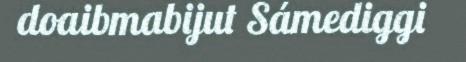
doaibmabijut Sámediggi